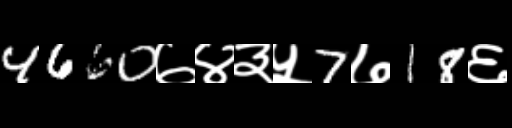
Text: 4660७४३५7७18६